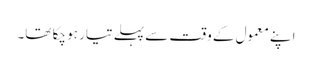
اپنے معمول کے وقت سے پہلے تیار ہو چکا تھا۔